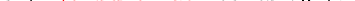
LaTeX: \smash{\upsilon\neq\ensuremath{\mathrm{\ textsl{v}}_{0}}^{2}/\nu}